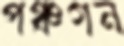
পঞ্চগন